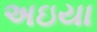
અઇયા